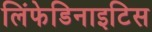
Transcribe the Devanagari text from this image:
लिंफेडिनाइटिस